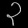
Digit: ၃